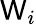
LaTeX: \mathsf{W}_{i}